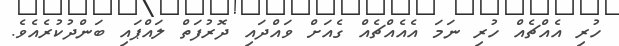
ހުރި އެއްޗެއް ހުރި ނަމަ އެއެއްޗެއް ގެއަށް ވައްދައި ދޮރުފަތް ލައްޕައި ބަންދުކުރެއެވެ.